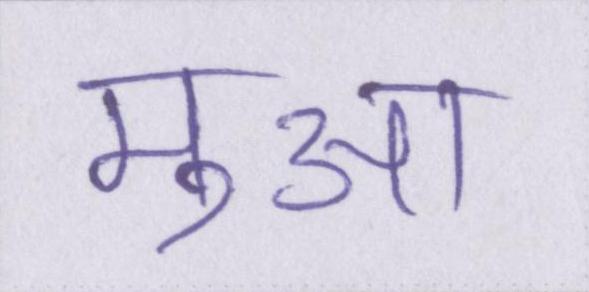
मुआ